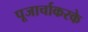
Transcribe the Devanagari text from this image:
पूजार्चाकरके